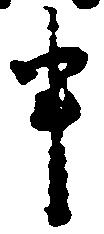
申